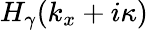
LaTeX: H_{\gamma}(k_{x}+i\kappa)